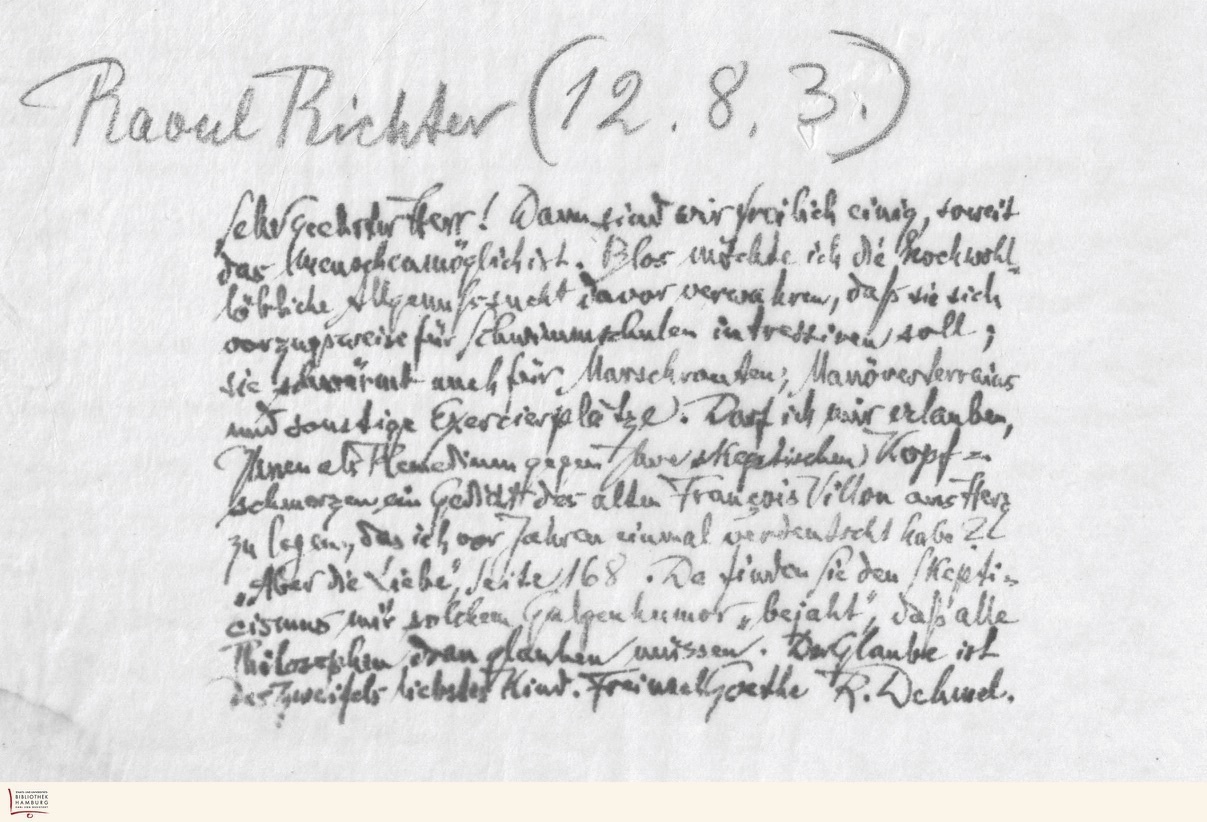
Raoul Richter (12.8.3.)
Sehr geehrter Herr! Dann sind wir freilich einig, soweit
das Menschenmöglich ist. Blos möchte ich die hochwohl
löbliche Allgenußsucht davor verwahren, daß sie sich
vorzugsweise für Schwimmschulen interessieren soll ;
sie schwärmt auch für Marschrouten; Manöverterrains
und sonstige Exerzierplätze. Darf ich mir erlauben,
Ihnen als Remetium gegen Ihre skeptischen Kopf -
schmerzen ein Gedicht des alten Francois Villon ans Herz
zu legen, das ich vor Jahren einmal verdeutscht habe?
„Aber die Liebe", Seite 168. Da finden Sie den Skepti -
cismus mit solchem Galgenhumor „bejaht", daß alle
Philosophen dran glauben müssen. Der Glaube ist
des Zweifels liebstes Kind. Frei nach Goethe R. Dehmel.